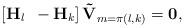
LaTeX: \begin{align*}\left[\mathbf{H}_{l}\,\,\,-\mathbf{H}_{k}\right]\mathbf{\tilde{V}}_{m=\pi\left(l,k\right)}=\mathbf{0},\end{align*}